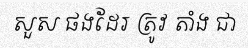
សួស ផងដែរ ត្រូវ តាំង ជា